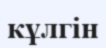
кұлгін